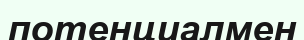
потенциалмен